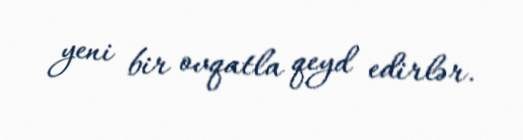
yeni bir ovqatla qeyd edirlər.